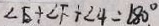
\angle E + \angle F + \angle 4 = 1 8 0 ^ { \circ } .